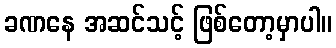
ခဏနေ အဆင်သင့် ဖြစ်တော့မှာပါ။